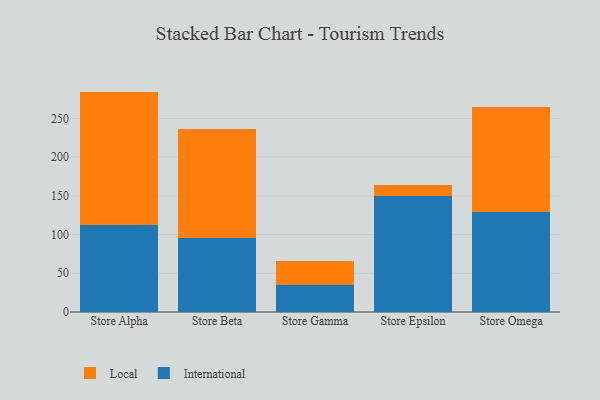
{"axis": {"x": "Store", "y": "Temperature (°C)"}, "legend": ["International", "Local"], "data": [{"x": "Store Alpha", "y": 112.9, "type": "International"}, {"x": "Store Alpha", "y": 171.7, "type": "Local"}, {"x": "Store Beta", "y": 95.5, "type": "International"}, {"x": "Store Beta", "y": 140.5, "type": "Local"}, {"x": "Store Gamma", "y": 35.4, "type": "International"}, {"x": "Store Gamma", "y": 30.2, "type": "Local"}, {"x": "Store Epsilon", "y": 150.2, "type": "International"}, {"x": "Store Epsilon", "y": 13.4, "type": "Local"}, {"x": "Store Omega", "y": 129.3, "type": "International"}, {"x": "Store Omega", "y": 135.4, "type": "Local"}]}